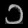
Digit: ၁